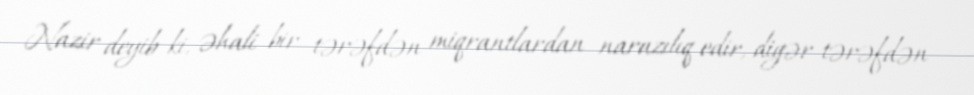
Nazir deyib ki, əhali bir tərəfdən miqrantlardan narazılıq edir, digər tərəfdən